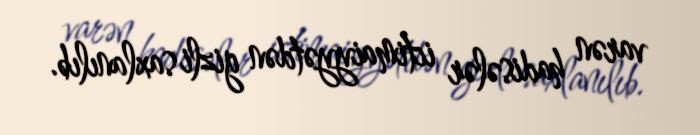
varən hadisələr ictimaiyyətdən gizli saxlanılıb.